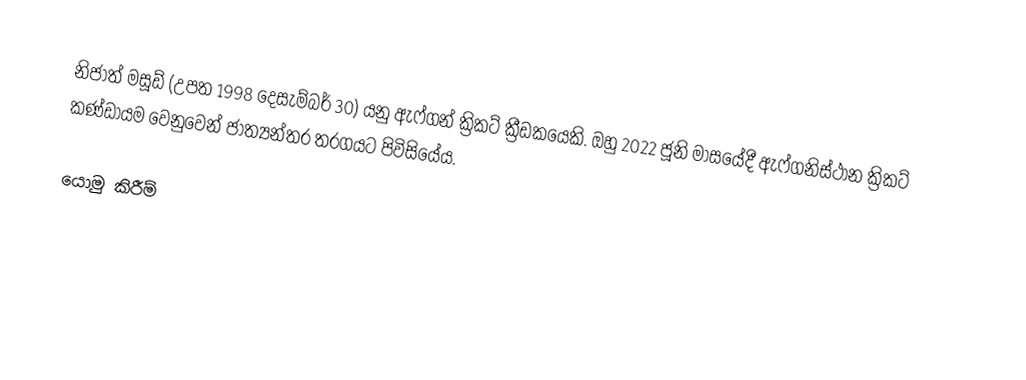
නිජාත් මසූඩ් (උපත 1998 දෙසැම්බර් 30) යනු ඇෆ්ගන් ක්‍රිකට් ක්‍රීඩකයෙකි. ඔහු 2022 ජූනි මාසයේදී ඇෆ්ගනිස්ථාන ක්‍රිකට් කණ්ඩායම වෙනුවෙන් ජාත්‍යන්තර තරගයට පිවිසියේය.

යොමු කිරීම්